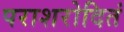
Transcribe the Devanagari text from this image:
पराशरोदितं